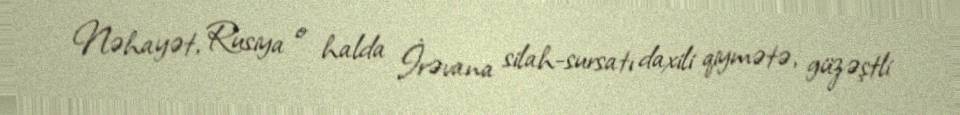
Nəhayət, Rusiya o halda İrəvana silah-sursatı daxili qiymətə, güzəştli